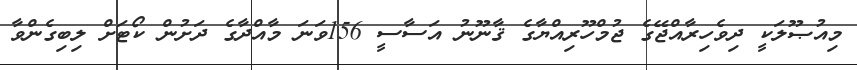
މިއުޞޫލަކީ ދިވެހިރާއްޖޭގެ ޖުމްހޫރިއްޔާގެ ޤާނޫނު އަސާސީ 156ވަނަ މާއްދާގެ ދަށުން ކޯޓަށް ލިބިގެންވާ